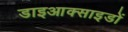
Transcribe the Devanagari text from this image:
डाइआक्साइडों